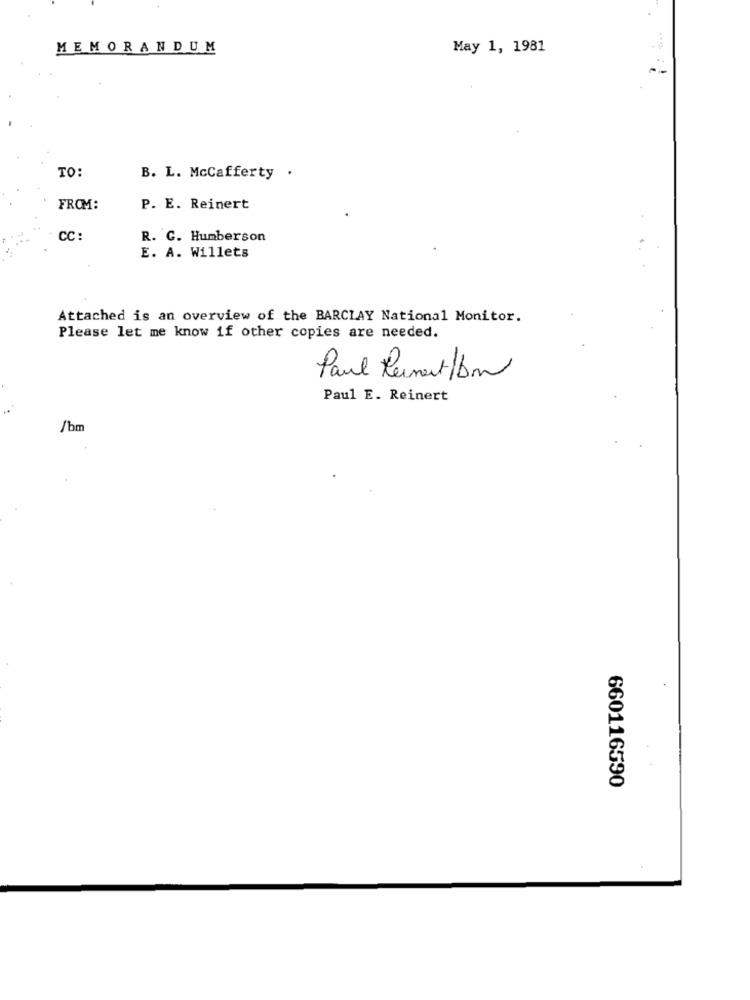
MEMORANDUM
May 1, 1981
TO:
B. L. McCafferty .
FROM:
P. E. Reinert
CC :
R. G. Humberson
E. A. Willets
Attached is an overview of the BARCLAY National Monitor.
Please let me know if other copies are needed.
Paul Peinent/bm
Paul E. Reinert
.
/bm
660116590